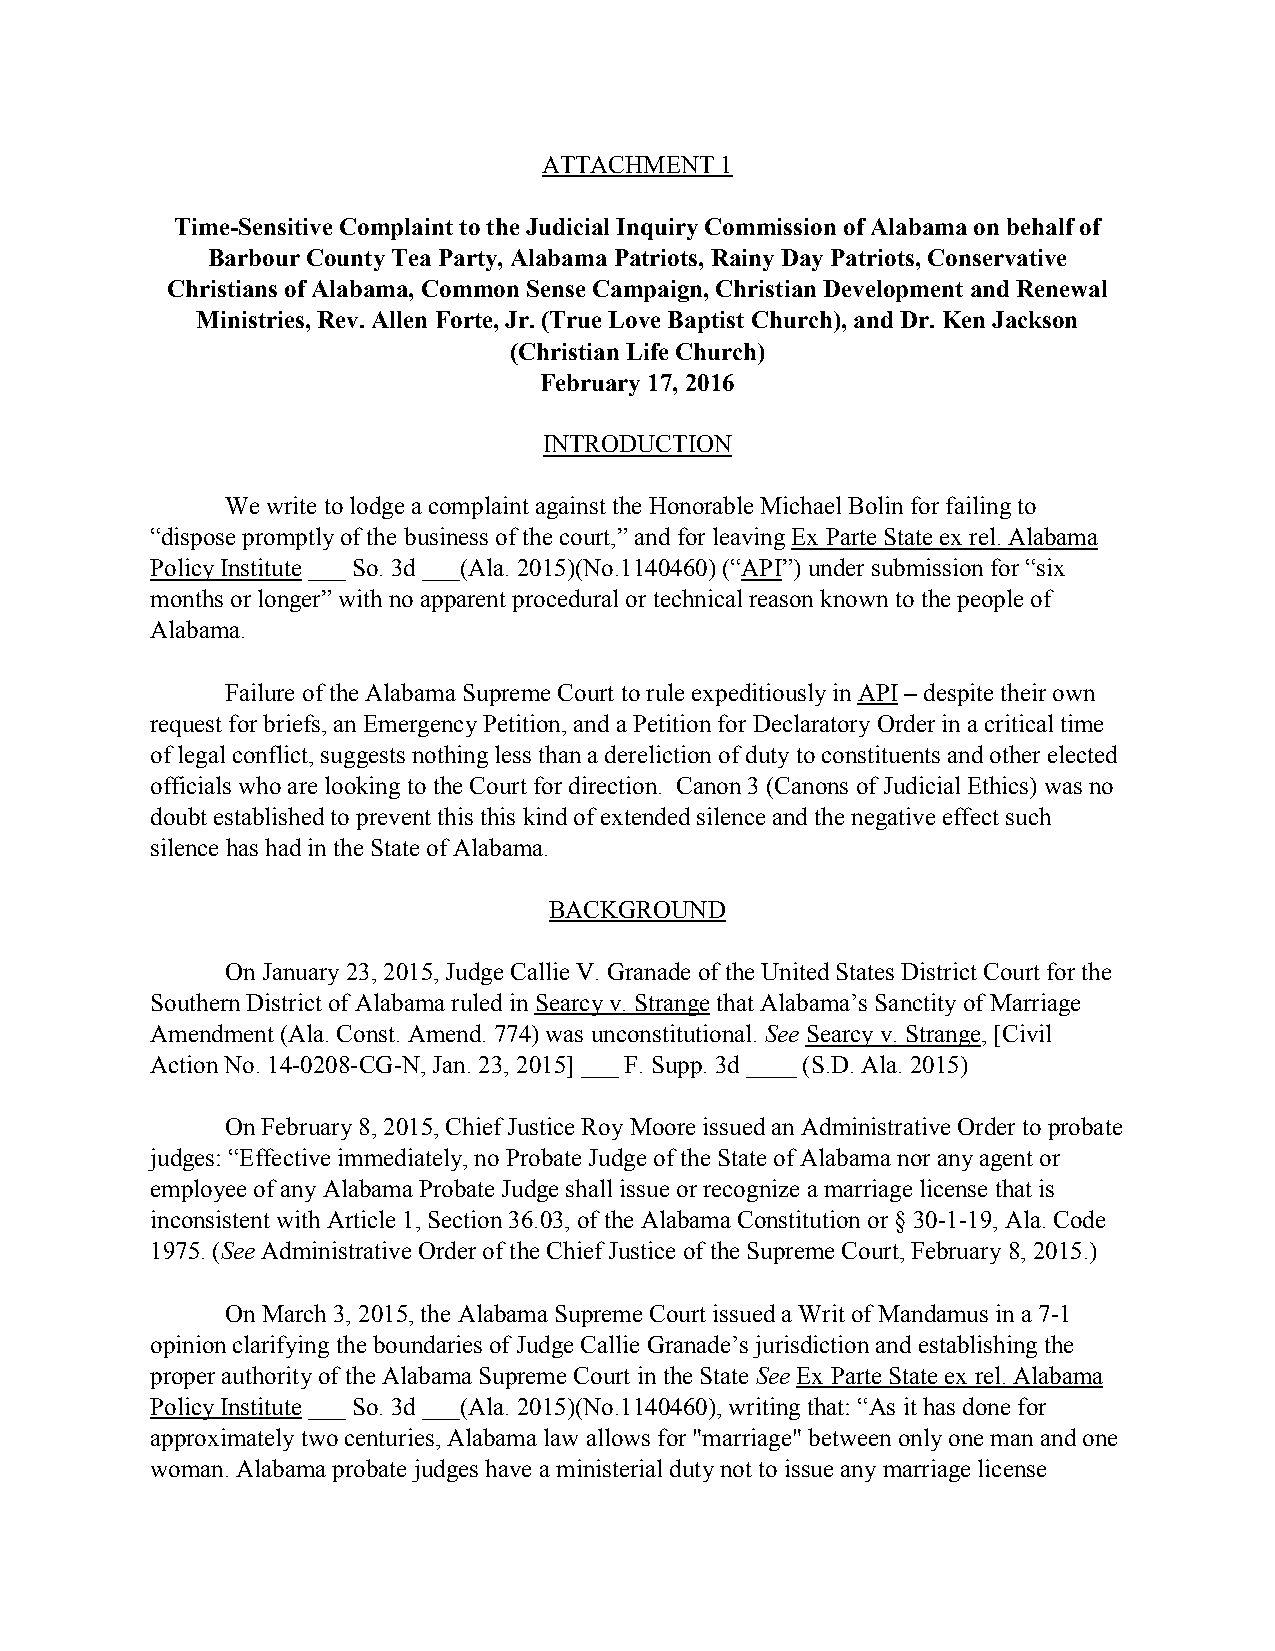
ATTACHMENT  1
 Time-Sensitive Complaint to the Judicial Inquiry Commission of Alabama on behalf of
 Barbour County Tea Party, Alabama Patriots, Rainy Day Patriots, Conservative
 Christians of Alabama, Common Sense Campaign, Christian Development and Renewal
 Ministries, Rev. Allen Forte, Jr. (True Love Baptist Church), and Dr. Ken Jackson
 (Christian Life Church)
 February 17, 2016
 INTRODUCTION
 We write to lodge a complaint against the Honorable Michael Bolin for failing to
 “dispose promptly of the business of the court,” and for leaving Ex Parte State ex rel. Alabama
 Policy Institute ___ So. 3d ___(Ala. 2015)(No.1140460) (“API”) under submission for “six
 months or longer” with no apparent procedural or technical reason known to the people of
 Alabama.
 Failure of the Alabama Supreme Court to rule expeditiously in API – despite their own
 request for briefs, an Emergency Petition, and a Petition for Declaratory Order in a critical time
 of legal conflict, suggests nothing less than a dereliction of duty to constituents and other elected
 officials who are looking to the Court for direction. Canon 3 (Canons of Judicial Ethics) was no
 doubt established to prevent this this kind of extended silence and the negative effect such
 silence has had in the State of Alabama.
 BACKGROUND
 On January 23, 2015, Judge Callie V. Granade of the United States District Court for the
 Southern District of Alabama ruled in Searcy v. Strange that Alabama’s Sanctity of Marriage
 Amendment (Ala. Const. Amend. 774) was unconstitutional. See Searcy v. Strange, [Civil
 Action No. 14-0208-CG-N, Jan. 23, 2015] ___ F. Supp. 3d ____ (S.D. Ala. 2015)
 On February 8, 2015, Chief Justice Roy Moore issued an Administrative Order to probate
 judges: “Effective immediately, no Probate Judge of the State of Alabama nor any agent or
 employee of any Alabama Probate Judge shall issue or recognize a marriage license that is
 inconsistent with Article 1, Section 36.03, of the Alabama Constitution or § 30-1-19, Ala. Code
 1975. (See Administrative Order of the Chief Justice of the Supreme Court, February 8, 2015.)
 On March 3, 2015, the Alabama Supreme Court issued a Writ of Mandamus in a 7-1
 opinion clarifying the boundaries of Judge Callie Granade’s jurisdiction and establishing the
 proper authority of the Alabama Supreme Court in the State See Ex Parte State ex rel. Alabama
 Policy Institute ___ So. 3d ___(Ala. 2015)(No.1140460), writing that: “As it has done for
 approximately two centuries, Alabama law allows for "marriage" between only one man and one
 woman. Alabama probate judges have a ministerial duty not to issue any marriage license